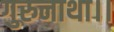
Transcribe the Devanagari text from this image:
गुरुनाथा।।